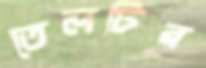
তেলটির